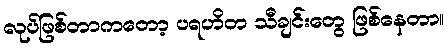
လုပ်ဖြစ်တာကတော့ ပရဟိတ သီချင်းတွေ ဖြစ်နေတာ။